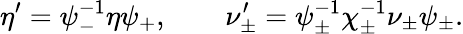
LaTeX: \eta^{\prime}=\psi_{-}^{-1}\eta\psi_{+},\qquad\nu_{\pm}^{\prime}=\psi_{\pm}^{-1}\chi_{\pm}^{-1}\nu_{\pm}\psi_{\pm}.